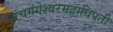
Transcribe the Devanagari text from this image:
पंचगंगेश्वरमठाधिपती